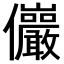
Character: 𫤖